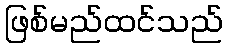
ဖြစ်မည်ထင်သည်